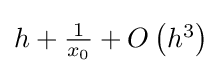
{\textstyle h+{\frac {1}{x_{0}}}+O\left(h^{3}\right)}